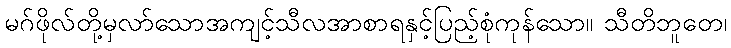
မဂ်ဖိုလ်တို့မှလာ်သောအကျင့်သီလအာစာရနှင့်ပြည့်စုံကုန်သော။ သီတိဘူတေ၊